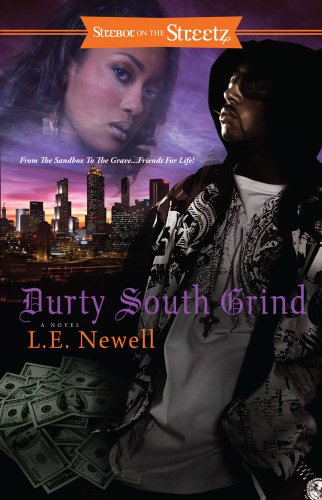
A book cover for Durty South Grind (Strebor on the Streetz); L. E. Newell; Romance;